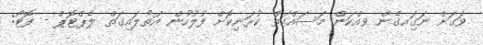
ވަގަށް ނަގަިއގެން ވއްކަން މަސައްކަތް ކުރަނިކޮށް ފުލުހުން އަތުލައިގަތް ލެޕްޓޮޕް - ފޮޓޯ: